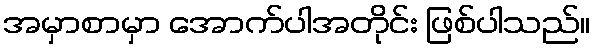
အမှာစာမှာ အောက်ပါအတိုင်း ဖြစ်ပါသည်။